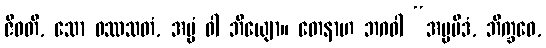
ဇီဝတိ, သော ဝဿသတံ, အပ္ပံ ဝါ ဘိယျော။ တေနာဟ ဘဂဝါ “အပ္ပမိဒံ, ဘိက္ခဝေ,